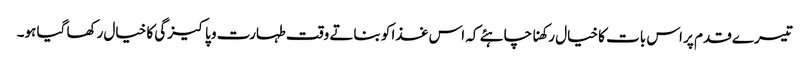
تیسرے قدم پر اس بات کا خیال رکھنا چاہئے کہ اس غذا کو بناتے وقت طہارت و پاکیزگی کا خیال رکھا گیا ہو۔